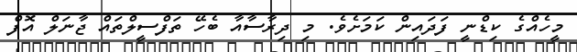
މީހެއްގެ ކިޑްނީ ފަދައިން ކަމަށެވެ. މި ދިރާސާއާ ބެހޭ ތަފްސީލްތައް ޖާނަލް އޮފް